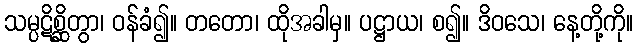
သမ္ပဋိစ္ဆိတွာ၊ ဝန်ခံ၍။ တတော၊ ထိုအခါမှ။ ပဋ္ဌာယ၊ စ၍။ ဒိဝသေ၊ နေ့တို့ကို။